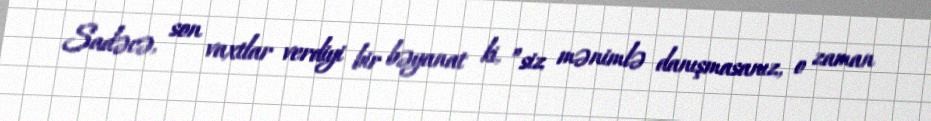
Sadəcə, son vaxtlar verdiyi bir bəyanat ki, ”siz mənimlə danışmasanız, o zaman